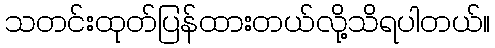
သတင်းထုတ်ပြန်ထားတယ်လို့သိရပါတယ်။